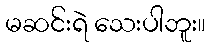
မဆင်းရဲ သေးပါဘူး။